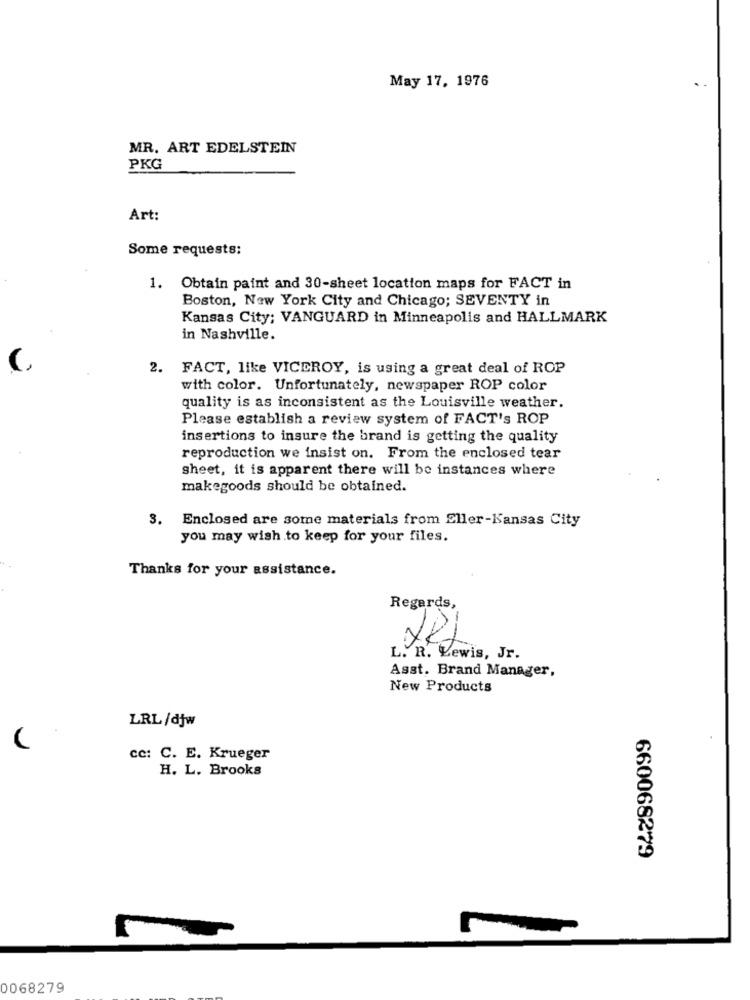
May 17, 1976
MR. ART EDELSTEIN
PKG
Art:
Some requests:
1. Obtain paint and 30-sheet location maps for FACT in
Boston, New York City and Chicago; SEVENTY in
Kansas City: VANGUARD in Minneapolis and HALLMARK
in Nashville.
2. FACT, like VICEROY, is using a great deal of ROP
with color. Unfortunately, newspaper ROP color
quality is as inconsistent as the Louisville weather.
Please establish a review system of FACT's ROP
insertions to insure the brand is getting the quality
reproduction we insist on. From the enclosed tear
sheet, it is apparent there will be instances where
makegoods should be obtained.
3. Enclosed are some materials from Eller-Kansas City
you may wish to keep for your files.
Thanks for your assistance.
Regards,
L. R. Lewis, Jr.
Asst. Brand Manager,
New Products
LRL /djw
cc: C. E. Krueger
H. L. Brooks
660068279
0068279